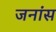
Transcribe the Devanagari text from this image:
जनांस